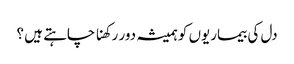
دل کی بیماریوں کو ہمیشہ دور رکھنا چاہتے ہیں ؟